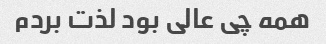
همه چی عالی بود لذت بردم